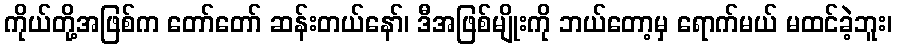
ကိုယ်တို့အဖြစ်က တော်တော် ဆန်းတယ်နော်၊ ဒီအဖြစ်မျိုးကို ဘယ်တော့မှ ရောက်မယ် မထင်ခဲ့ဘူး၊